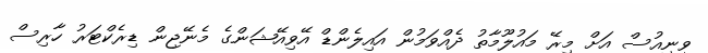
ވީނިއުސް އަށް މިރޭ މައުލޫމާތު ދެއްވަމުން އައިލެންޑް އޭވިއޭޝަންގެ މެނޭޖިން ޑިރެކްޓަރު ހާރިސް